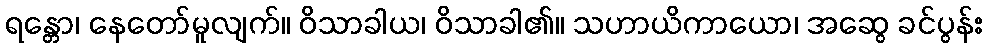
ရန္တော၊ နေတော်မူလျက်။ ဝိသာခါယ၊ ဝိသာခါ၏။ သဟာယိကာယော၊ အဆွေ ခင်ပွန်း